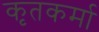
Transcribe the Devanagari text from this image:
कृतकर्मा